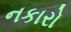
નકારો